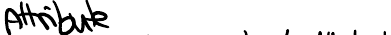
Attribute